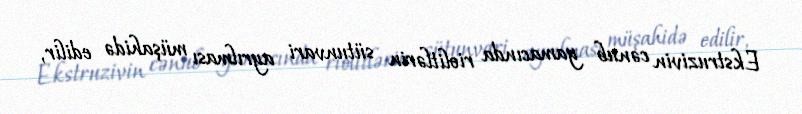
Ekstruzivin cənub yamacında riolitlərin sütunvari ayrılması müşahidə edilir,